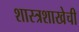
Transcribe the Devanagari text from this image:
शास्त्रशाखेची